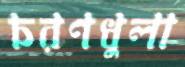
চরণধুলা